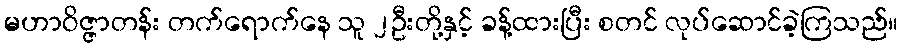
မဟာဝိဇ္ဇာတန်း တက်ရောက်နေ သူ ၂ဦးတို့နှင့် ခန့်ထားပြီး စတင် လုပ်ဆောင်ခဲ့ကြသည်။